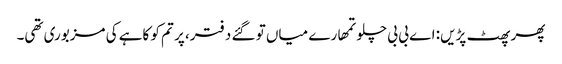
پھر پھٹ پڑیں: اے بی بی چلو تمھارے میاں تو گئے دفتر، پر تم کو کاہے کی مزبوری تھی۔